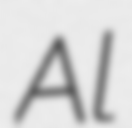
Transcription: Al